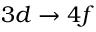
3 d \rightarrow 4 f